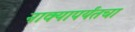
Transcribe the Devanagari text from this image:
नाक्‍यापर्यंतचा